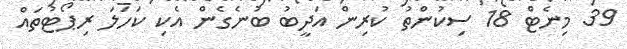
39 މިނެޓް 18 ސިކުންތު ކުރިން އަދީބު ބުނެގެން އެކި ކަހަލަ ރިޕޯޓުތައް